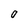
Character: O